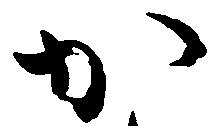
か